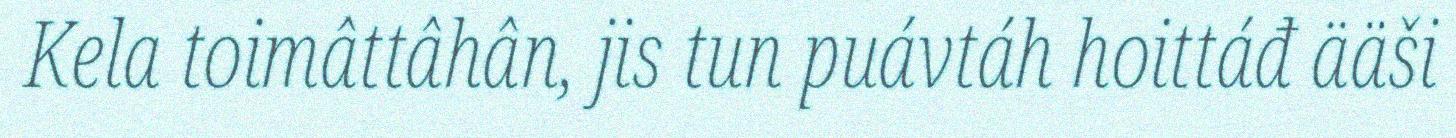
Kela toimâttâhân, jis tun puávtáh hoittáđ ääši